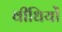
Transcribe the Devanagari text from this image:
वीधियों